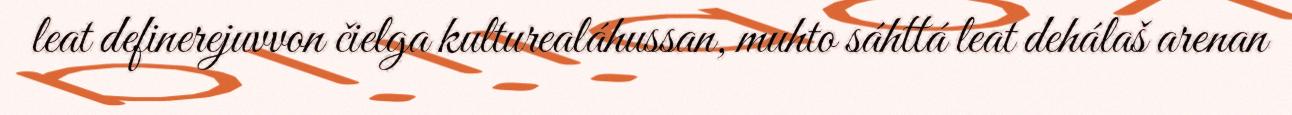
leat definerejuvvon čielga kulturealáhussan, muhto sáhttá leat dehálaš arenan